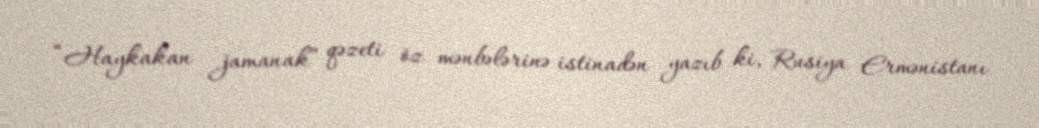
“Haykakan jamanak” qəzeti öz mənbələrinə istinadən yazıb ki, Rusiya Ermənistanı